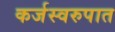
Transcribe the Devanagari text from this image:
कर्जस्वरुपात